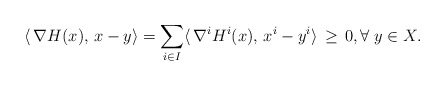
\begin{align*}\langle \,\nabla {H}(x),\,x-y\rangle = \sum_{i\in I} \langle \,\nabla^i {H^i}(x),\,x^i-y^i\rangle \,\geq\,0,\forall\; y\in X.\end{align*}